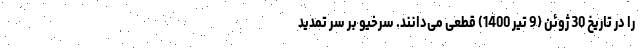
را در تاریخ 30 ژوئن (9 تیر 1400) قطعی می‌دانند. سرخیو بر سر تمدید